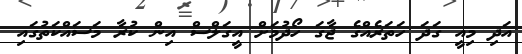
އަދި މިއީ ގަދަ ހަތަރެއްގެ ޖާގަ ހޯދުމަށް އީގަލްސް އިން ކުރާ މަސައްކަތުގައި